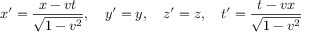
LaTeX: x ^ { \prime } = { \frac { x - v t } { \sqrt { 1 - v ^ { 2 } } } } , \quad y ^ { \prime } = y , \quad z ^ { \prime } = z , \quad t ^ { \prime } = { \frac { t - v x } { \sqrt { 1 - v ^ { 2 } } } }